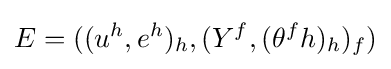
E=((u^{h},e^{h})_{h},(Y^{f},(\theta ^{f}h)_{h})_{f})